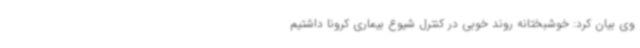
وی بیان کرد: خوشبختانه روند خوبی در کنترل شیوع بیماری کرونا داشتیم